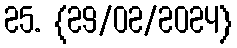
25. {29/02/2024}